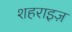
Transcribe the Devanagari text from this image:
शहराइज़